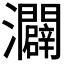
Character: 𪸌